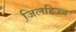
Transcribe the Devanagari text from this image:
जि़लहिज्ज